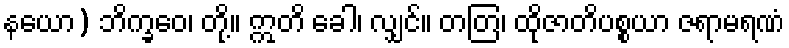
နယော) ဘိက္ခဝေ၊ တို့။ ဣတိ ခေါ၊ လျှင်။ တတြ၊ ထိုဇာတိပစ္စယာ ဇရာမရဏံ